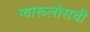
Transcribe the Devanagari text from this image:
ग्वारूलोसची